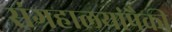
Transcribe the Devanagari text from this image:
संग्रहालयांपैकी